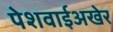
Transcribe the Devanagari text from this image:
पेशवाईअखेर